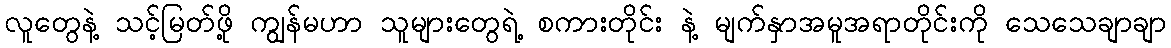
လူတွေနဲ့ သင့်မြတ်ဖို့ ကျွန်မဟာ သူများတွေရဲ့ စကားတိုင်း နဲ့ မျက်နှာအမူအရာတိုင်းကို သေသေချာချာ